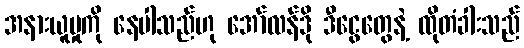
အနားယူမှုကို နေပါသည်ဟု အော်လန်ဒို ဒီငွေတွေနဲ့ ထိုတံခါးသည်